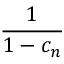
\frac { 1 } { 1 - c _ { n } }